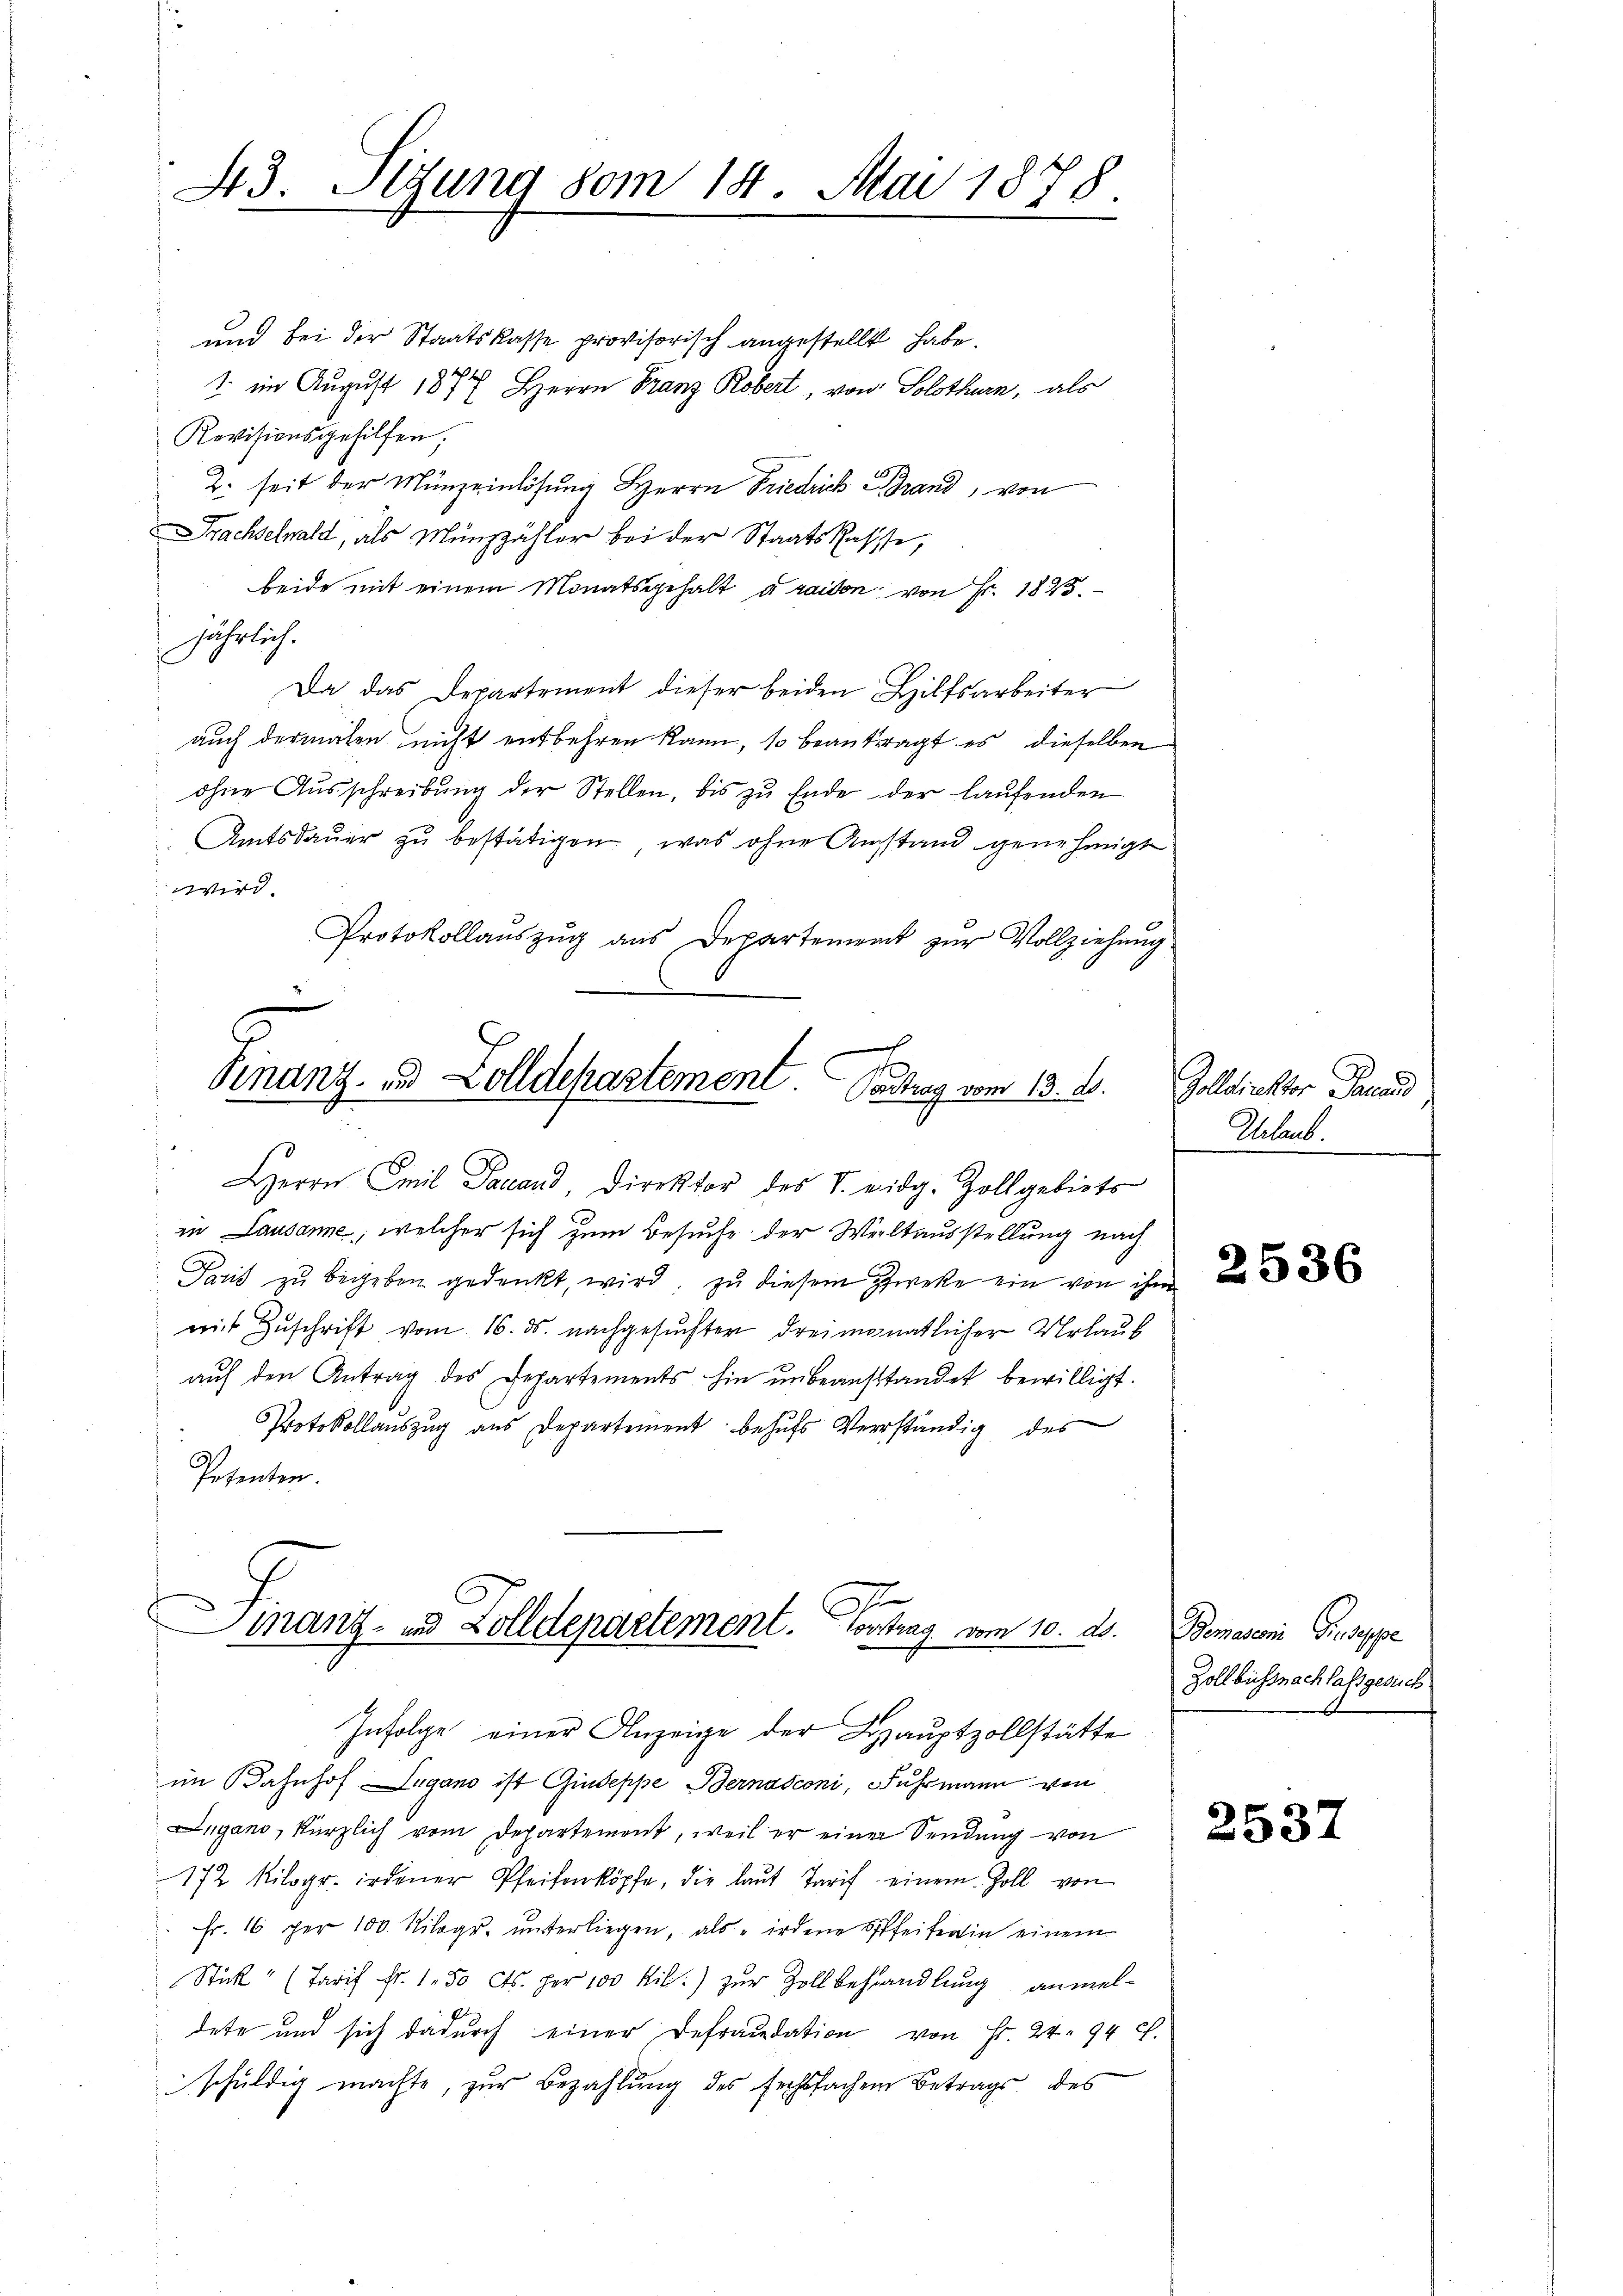
43. Algung vom 14. Mai 1878

und bei der Staatskasse provisorisch angestellt habe.
1. im August 1877 Herrn Franz Robert, von Solothurn, als
Revisionsgehilfen.
2. seit der Münzeinlösung Herrn Friedrich Brand, von
Frachselwald, als Münzzähler bei der Staatskassse,
beide mit einem Monatsgehalt à raison von Fr. 1823.
jährlich.
Da das Departement dieser beiden Hilfsarbeiter
auch dermalen nicht entbehren kann, so beantragt es, dieselben
ohne Aŭsschreibŭng der Stellen, bis zŭ Ende der laŭfenden
Amtsdaŭer zŭ bestätigen, was ohne Anstand genehmigt
wird
Protokollaŭszŭg ans Departement zŭr Vollziehŭng
Finanz- und Zolldepartement. Portrag vom 13. d.

Herrn Emil Darand, Direktor des S. eidg. Zollgebiets

in Lausanne, welcher sich zum Besuche der Weltausstellung nach
Paris zu begeben gedenkt, wird, zu diesem Zwecke ein von ihm
mit Zŭschrift vom 16. ds. nachgesŭchter dreimonatlicher Urlaub
auf den Antrag des Departements hin ŭnbeanstandet bewilligt.
Protokollauszug aus Departement behŭfs Verständig des
Petenten.

G
manz- und Zolldepartement. Contrag vom 10. ds.

Infolge einer Anzeige der Hauptzollstätte
im Bahnhof Lugano ist Giuseppe Bernasconi, Fuhrmann von
Ingano, kürzlich vom Departement, weil er einer Sendung von
172 Kilogr. irdener Pfeifenköpfe, die laŭt Tarif einem Zoll von
Fr. 16. per 100. Nilogr. ŭnterliegen, als "irdene Offeiferin einem
Stick" (Tarif Fr. 1.50 cts. per 100 Kil.) zur Zollbehandlung anmeldete und sich dadurch einer Defraudation von Fr. 24. 94 f.
schuldig machte, zur Bezahlung des fechtfachen Betrags des

Golldirekter Finand
Urlaub.

2536

Bemasconi Giuseppe
Zollbüssnachlassgesuch

2537